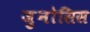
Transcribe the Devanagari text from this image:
ज़ुनोसिस